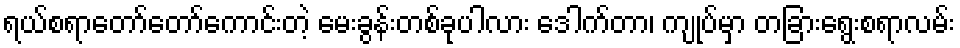
ရယ်စရာတော်တော်ကောင်းတဲ့ မေးခွန်းတစ်ခုပါလား ဒေါက်တာ၊ ကျုပ်မှာ တခြားရွေးစရာလမ်း